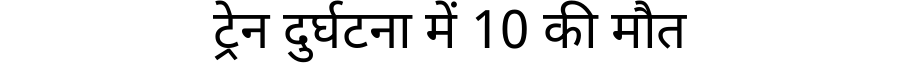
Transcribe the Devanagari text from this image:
ट्रेन दुर्घटना में 10 की मौत